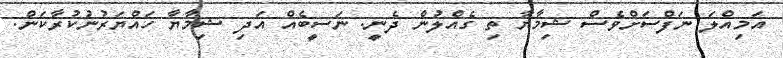
އަމިއްލަ ނަފްސަށްވެސް ޝިމާޔާ ތި ގެއްލުން ދެނީ. ނަސީބެއް އަދި ޝިމާޔާ ހައްޔަރުނުކުރާކަން.